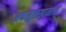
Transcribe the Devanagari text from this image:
अफझुलखानाचा